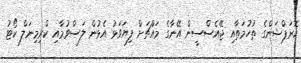
ކޮރަޕްޝަންގެ ތުހުމަތާއި ޖޭއެސްސީން އޭނާގެ މައްޗަށް ފިޔަވަޅު އެޅުން ލަސްވުމާއި ކްރިމިނަލް ކޯޓު